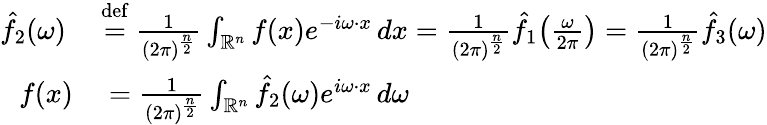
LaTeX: \begin{array}{rl}{{\hat{f}}_{2}(\omega)\ }&{{}{\stackrel{\mathrm{def}}{=}}\ {\frac{1}{(2\pi)^{\frac{n}{2}}}}\int_{\mathbb{R}^{n}}f(x)e^{-i\omega\cdot x}\, dx={\frac{1}{(2\pi)^{\frac{n}{2}}}}{\hat{f}}_{1}\! \left({\frac{\omega}{2\pi}}\right)={\frac{1}{(2\pi)^{\frac{n}{2}}}}{\hat{f}}_{3}(\omega)}\\ {f(x)}&{{}={\frac{1}{(2\pi)^{\frac{n}{2}}}}\int_{\mathbb{R}^{n}}{\hat{f}}_{2}(\omega)e^{i\omega\cdot x}\, d\omega}\end{array}